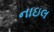
નાઇલ